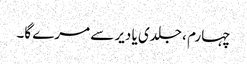
چہارم ، جلدی یا دیر سے مرے گا۔